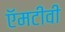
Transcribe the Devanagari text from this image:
ऍमटीवी